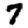
Digit: 7